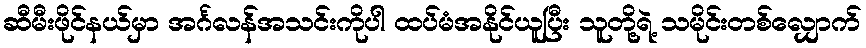
ဆီမီးဖိုင်နယ်မှာ အင်္ဂလန်အသင်းကိုပါ ထပ်မံအနိုင်ယူပြီး သူတို့ရဲ့ သမိုင်းတစ်လျှောက်